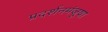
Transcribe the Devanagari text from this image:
प्रदर्शनमंजूषा